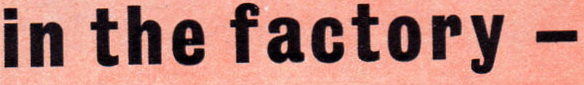
in the factory -